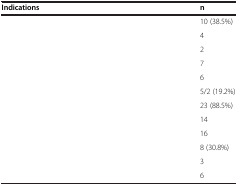
<table><thead><tr><td><b>Indications</b></td><td><b>n</b></td></tr></thead><tbody><tr><td>[EMPTY_CELL]</td><td>10 (38.5%)</td></tr><tr><td>[EMPTY_CELL]</td><td>4</td></tr><tr><td>[EMPTY_CELL]</td><td>2</td></tr><tr><td>[EMPTY_CELL]</td><td>7</td></tr><tr><td>[EMPTY_CELL]</td><td>6</td></tr><tr><td>[EMPTY_CELL]</td><td>5/2 (19.2%)</td></tr><tr><td>[EMPTY_CELL]</td><td>23 (88.5%)</td></tr><tr><td>[EMPTY_CELL]</td><td>14</td></tr><tr><td>[EMPTY_CELL]</td><td>16</td></tr><tr><td>[EMPTY_CELL]</td><td>8 (30.8%)</td></tr><tr><td>[EMPTY_CELL]</td><td>3</td></tr><tr><td>[EMPTY_CELL]</td><td>6</td></tr></tbody></table>